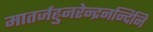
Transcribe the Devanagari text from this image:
मातर्जह्नुनरेन्द्रनन्दिनि